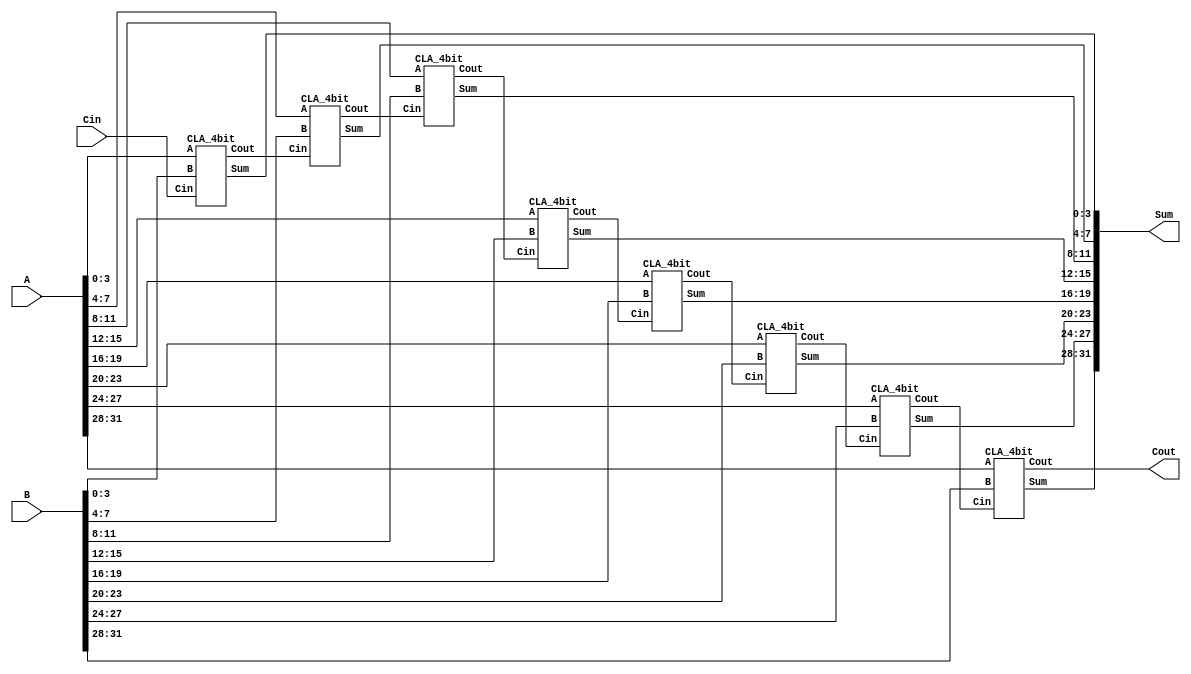
`timescale 1ns / 1ps

module Cascaded_32bit_Adder(
        input [31:0] A,
        input [31:0] B,
        input Cin,
        output [31:0] Sum,
        output Cout
    );

    // Construct a cascaded 32-bit adder using 4-bit carry-lookahead adders
    // eight 4-bit adders
    wire [6:0] C;

    CLA_4bit CLA_4bit_0(A[3:0],   B[3:0],   Cin,  Sum[3:0],   C[0]);
    CLA_4bit CLA_4bit_1(A[7:4],   B[7:4],   C[0], Sum[7:4],   C[1]);
    CLA_4bit CLA_4bit_2(A[11:8],  B[11:8],  C[1], Sum[11:8],  C[2]);
    CLA_4bit CLA_4bit_3(A[15:12], B[15:12], C[2], Sum[15:12], C[3]);
    CLA_4bit CLA_4bit_4(A[19:16], B[19:16], C[3], Sum[19:16], C[4]);
    CLA_4bit CLA_4bit_5(A[23:20], B[23:20], C[4], Sum[23:20], C[5]);
    CLA_4bit CLA_4bit_6(A[27:24], B[27:24], C[5], Sum[27:24], C[6]);
    CLA_4bit CLA_4bit_7(A[31:28], B[31:28], C[6], Sum[31:28], Cout);

endmodule

module CLA_4bit(
        input [3:0] A,
        input [3:0] B,
        input Cin,
        output [3:0] Sum,
        output Cout
    );

    wire [3:0] P;
    wire [3:0] G;
    wire [3:0] C;

    assign P = A ^ B;
    assign G = A & B;

    assign C[0] = Cin;
    assign C[1] = G[0] | (P[0] & C[0]);
    assign C[2] = G[1] | (P[1] & G[0]) | (P[1] & P[0] & C[0]);
    assign C[3] = G[2] | (P[2] & G[1]) | (P[2] & P[1] & G[0]) | (P[2] & P[1] & P[0] & C[0]);
    assign Cout = G[3] | (P[3] & G[2]) | (P[3] & P[2] & G[1]) | (P[3] & P[2] & P[1] & G[0]) | (P[3] & P[2] & P[1] & P[0] & C[0]);

    assign Sum = P ^ C;
    
endmodule